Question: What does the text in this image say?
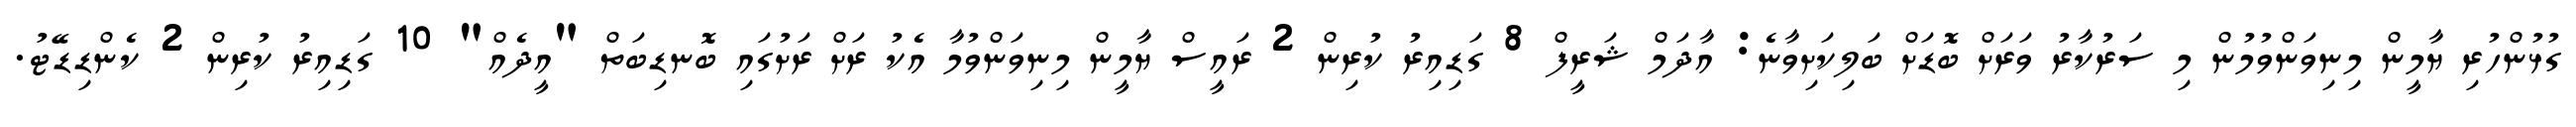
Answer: ގުޅުންހުރި ޔާމީން މިނިވަންވުމުން މި ސަރުކާރު ވަރަށް ބޮޑަށް ބަލިކަށިވާނެ: އާދަމް ޝަރީފް 8 ގަޑިއިރު ކުރިން 2 ރައީސް ޔާމީން މިނިވަންވުމާ އެކު ރަށް ރަށުގައި ބޮނޑިބަތް "އީދެއް" 10 ގަޑިއިރު ކުރިން 2 ކެންޑިޑޭޓު.